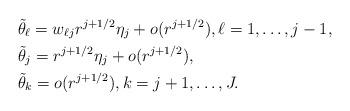
LaTeX: \begin{align*} &\tilde{\theta}_\ell=w_{\ell j} r^{j+1/2}\eta_j +o(r^{j+1/2}), \ell =1, \ldots, j-1, \\ & \tilde{\theta}_j = r^{j+1/2}\eta_j +o(r^{j+1/2}), \\ & \tilde{\theta}_k = o(r^{j+1/2}), k=j+1, \ldots, J. \end{align*}